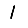
Digit: 1